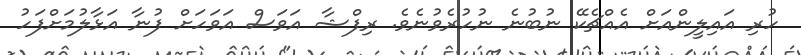
ހުރި އައިލީންއަށް އެއްޗެކޭ ނުބުނެ ނުހުރެވުނެވެ. ރިފްޝާ އަވަސް އަވަހަށް ފުނާ އަޅާލުމަށްފަހު